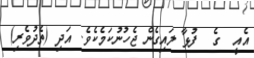
އެއީ  ގެ  ފުޅާ ލައިގެން ޖެހުނުކަމެކެވެ. އަދި (ތެދުވެރި)